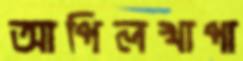
আপিলখাপা